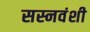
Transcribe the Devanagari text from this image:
सस्नवंशी